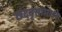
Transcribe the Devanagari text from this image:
छंदवृत्तांमध्ये